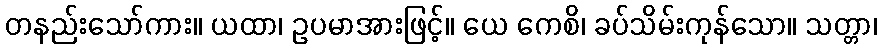
တနည်းသော်ကား။ ယထာ၊ ဥပမာအားဖြင့်။ ယေ ကေစိ၊ ခပ်သိမ်းကုန်သော။ သတ္တာ၊